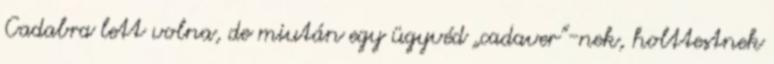
Cadabra lett volna, de miután egy ügyvéd „cadaver”-nek, holttestnek